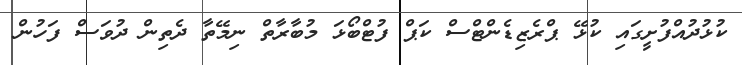
ކުޅުދުއްފުށީގައި ކުޅޭ ޕްރެޒިޑެންޓްސް ކަޕް ފުޓްބޯޅަ މުބާރާތް ނިމޭތާ ދެތިން ދުވަސް ފަހުން